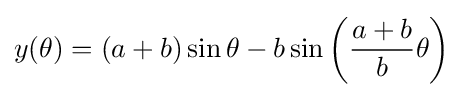
y(\theta )=(a+b)\sin \theta -b\sin \left({\frac {a+b}{b}}\theta \right)